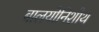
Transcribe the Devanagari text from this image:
बालयोनिशोथ